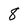
Character: 8